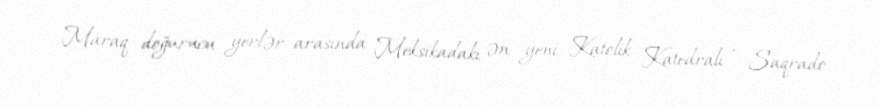
Maraq doğurucu yerlər arasında Meksikadakı ən yeni Katolik Katedralı , Saqrado